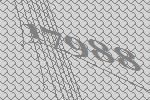
17988